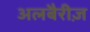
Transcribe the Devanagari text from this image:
अलबैरीज़